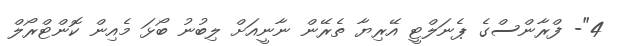
4"- ފްރާންސްގެ ޕެނަލްޓީ އޭރިޔާ ތެރޭން ނާނީއަށް ލިބުނު ބޯޅަ މެއިން ކޮންޓްރޯލް